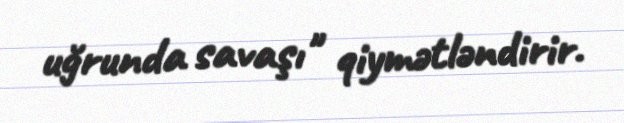
uğrunda savaşı" qiymətləndirir.